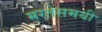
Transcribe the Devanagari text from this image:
मरतेसमयी